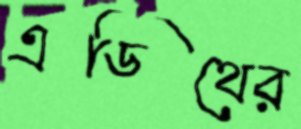
এডিথের